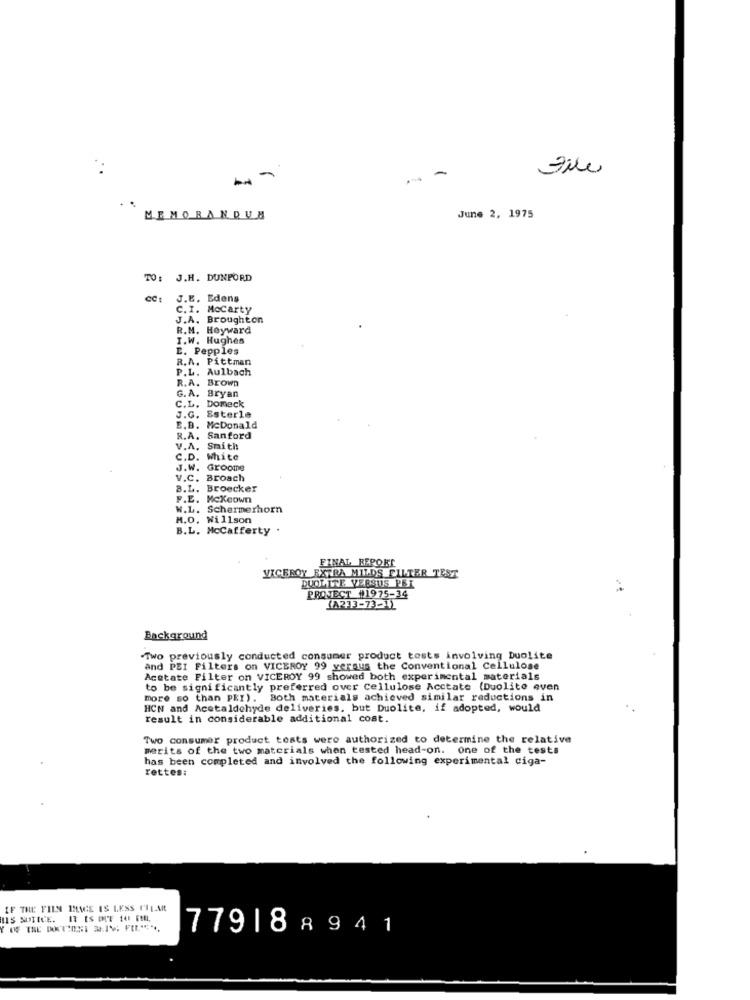
-
File
-
MEMORANDUM
June 2, 1975
TO: J.H. DUNPORD
CC: J.E. Edens
C. I. Mccarty
J.A. Broughton
R.M. Heyward
T.W. Hughes
E. Pepples
R.A. Pittman
P.L. Aulbach
R.A. Brown
C.L. Domeck
G.A. Bryan
J.G. Esterle
E.B. McDonald
R.A. Sanford
V.A. Smith
C.D. White
J.W. Grooms
V.C. Broach
B.L.
Broecker
F.E. Mckeown
W.L. Schermerhorn
H.O, Willson
B.L. Mccafferty
FINAL REPORT
VICEROY EXTRA MILDS FILTER TEST
DUOLITE VERSUS PBI
PRONECT #1975-34
1A233-73-11
Background
Two previously conducted consumer product tests involving Duolite
and PEI Filters on VICEROY 99 versus the Conventional Cellulose
Acetate Filter on VICEROY 99 showed both experimental materials
to be significantly preferred over Cellulose Acctate (Duolite even
more so than PEI). Both materials achieved similar reductions in
HCN and Acetaldehyde deliveries. but Duolite, if adopted, would
result in considerable additional cost.
Two consumer product tests were authorized to determine the relative
merits of the two materials when tested head-on. one of the tests
has been completed and involved the following experimental ciga-
rettes:
IF THE FILN IMME IS LESS CULAR
IIS SUTICE. IT IS DIT 10 Ft,
779188941